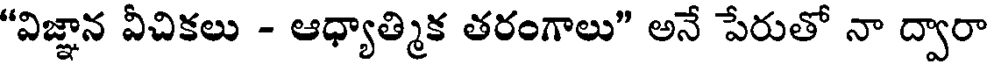
"విజ్ఞాన వీచికలు - ఆధ్యాత్మిక తరంగాలు" అనే పేరుతో నా ద్వారా